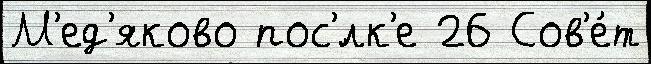
М'ед'яково пос'́лк'е 26 Сов'е́т